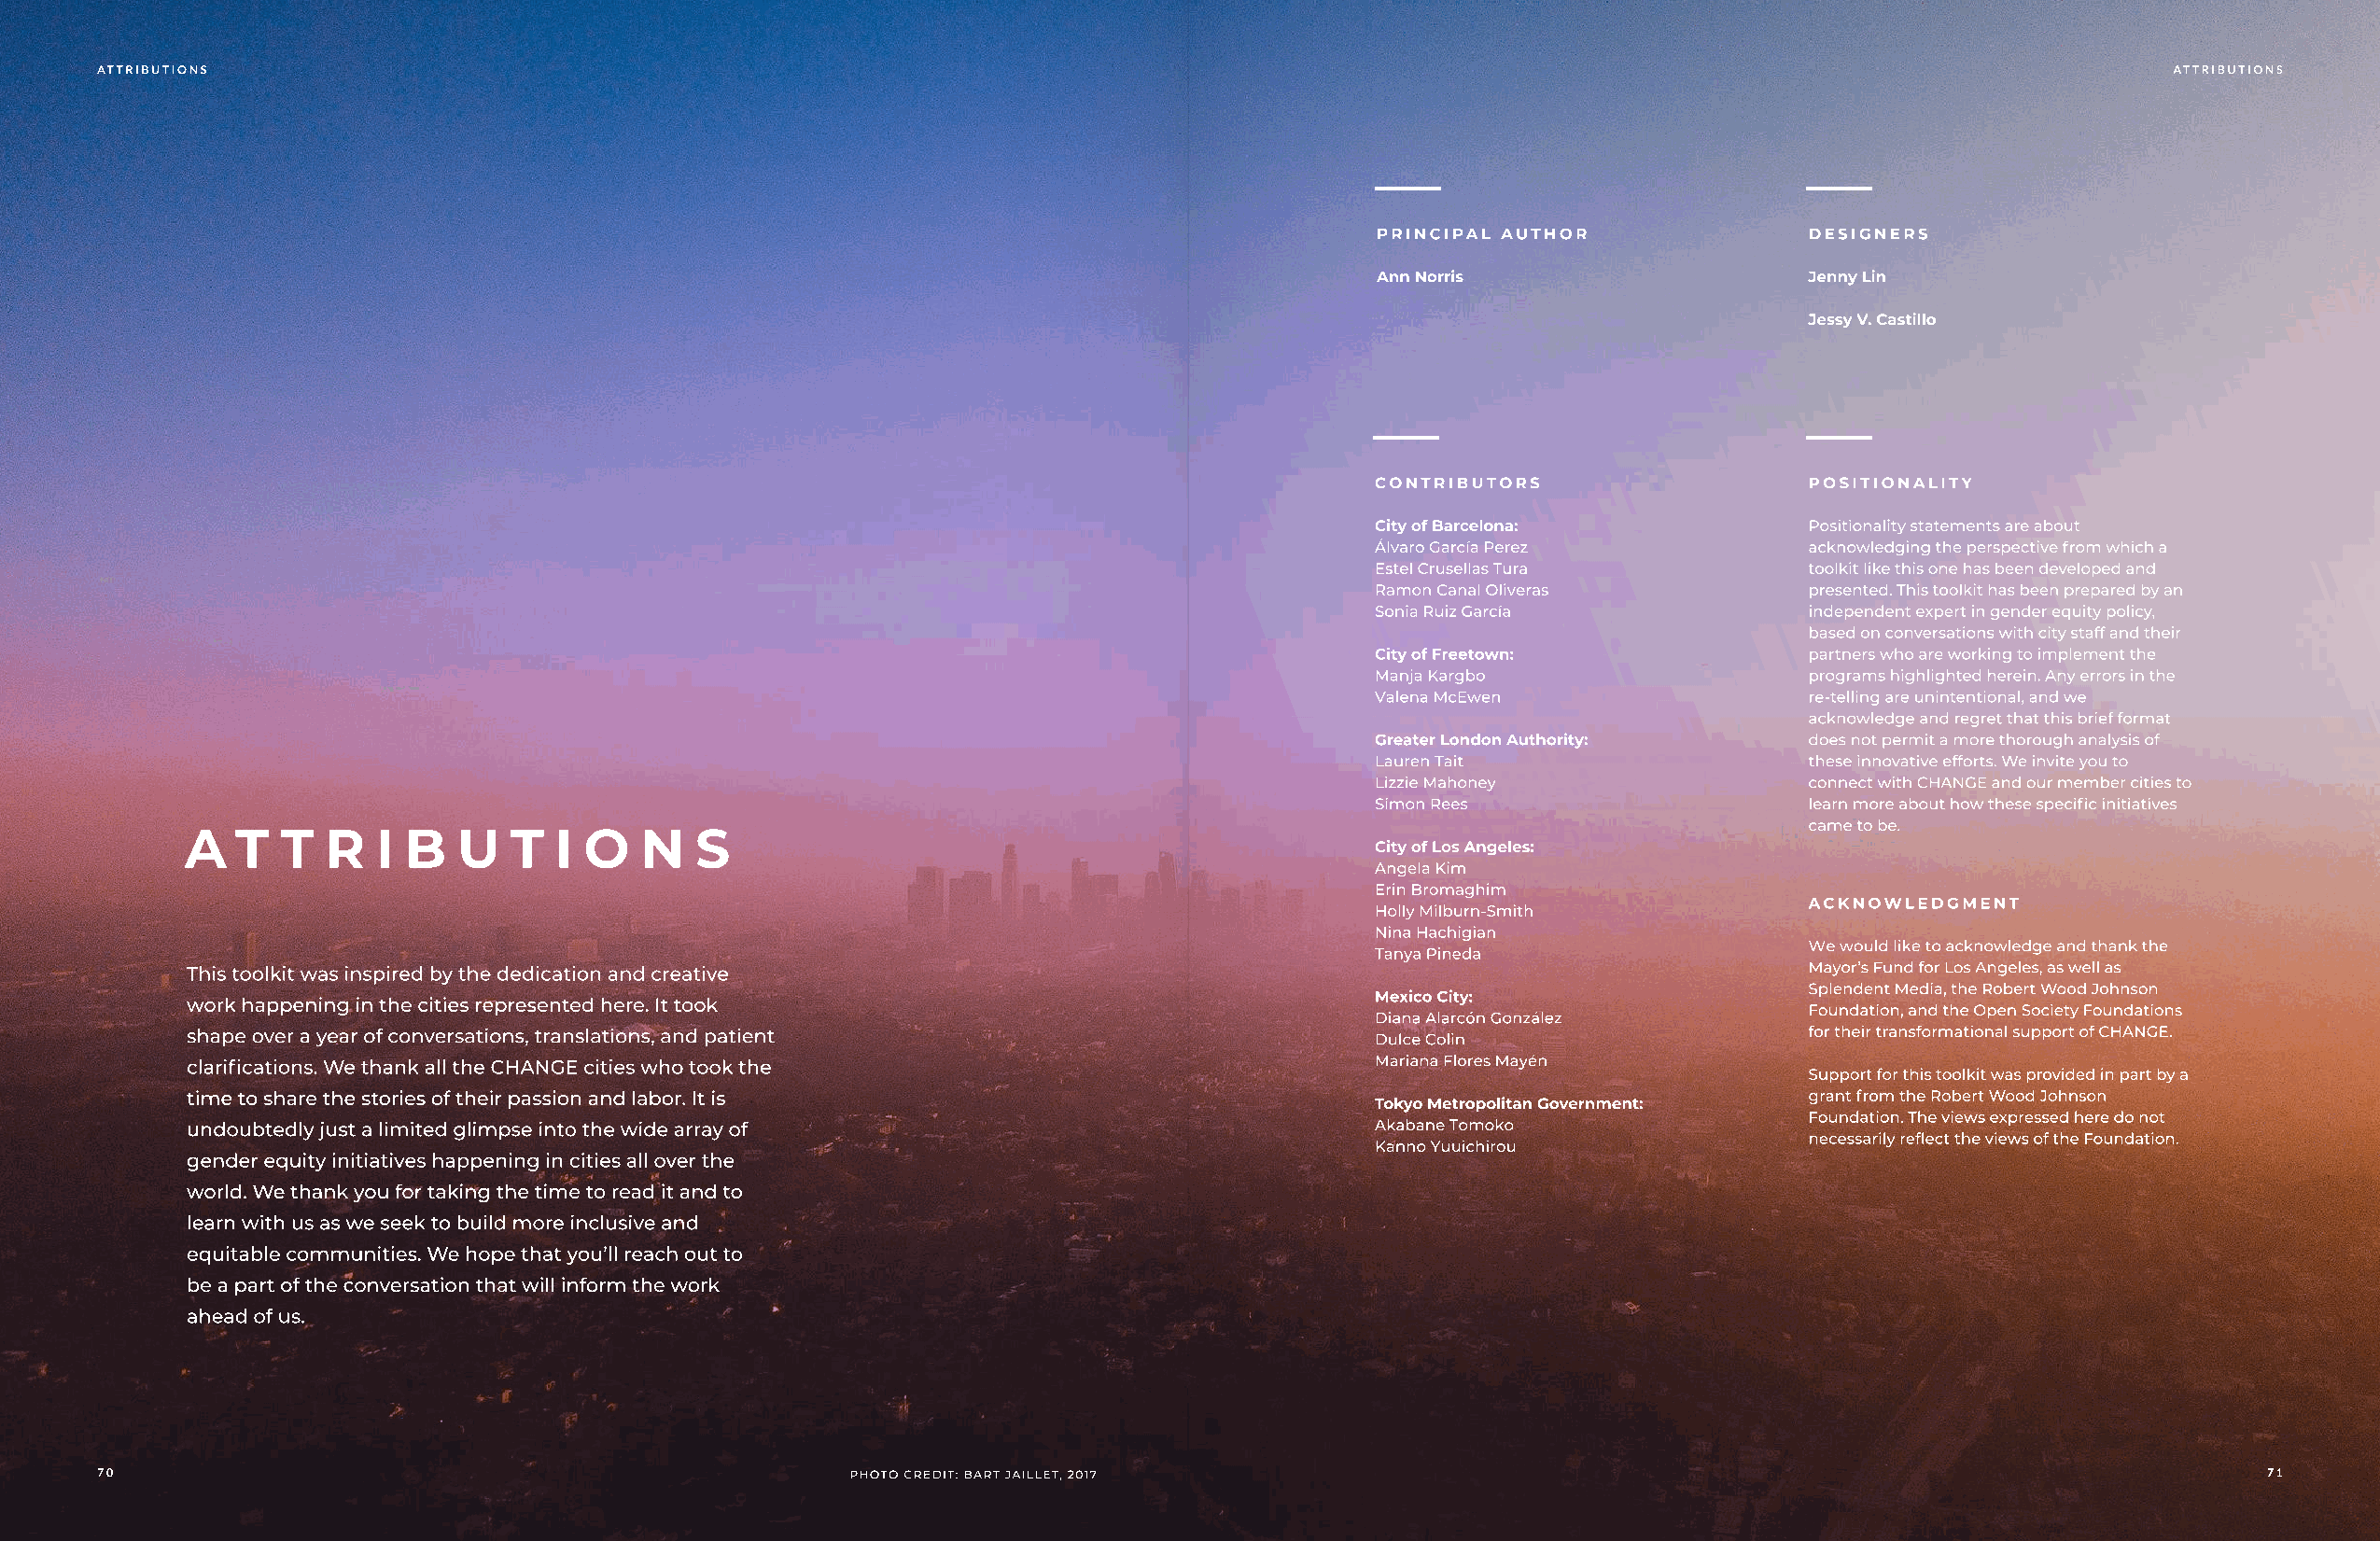
ATTRIBUTIONS                                                                                                                                       ATTRIBUTIONS
 PRINCIPAL AUTHOR
 DESIGNERS
 Ann Norris                    Jenny Lin 
 Jessy V. Castillo
 CONTRIBUTORS
 POSITIONALITY
 City of Barcelona:            Positionality statements are about
 Álvaro García Perez
 acknowledging the perspective from which a
 Estel Crusellas Tura
 toolkit like this one has been developed and
 Ramon Canal Oliveras
 presented. This toolkit has been prepared by an
 Sonia Ruiz García
 independent expert in gender equity policy,
 based on conversations with city staff and their
 City of Freetown:             partners who are working to implement the
 Manja Kargbo
 programs highlighted herein. Any errors in the
 Valena McEwen
 re-telling are unintentional, and we
 acknowledge and regret that this brief format
 Greater London Authority:     does not permit a more thorough analysis of
 Lauren Tait
 these innovative efforts. We invite you to
 Lizzie Mahoney
 connect with CHANGE and our member cities to
 Simon Rees                    learn more about how these specific initiatives
 A   T  T  R   I B  U   T  I O   N   S                                                                              came to be.
 City of Los Angeles:
 Angela Kim
 Erin Bromaghim
 acknowledgment
 Holly Milburn-Smith
 Nina Hachigian
 We would like to acknowledge and thank the
 Tanya Pineda
 This toolkit was inspired by the dedication and creative                                                           Mayor’s Fund for Los Angeles, as well as
 Splendent Media, the Robert Wood Johnson
 work happening in the cities represented here. It took                               Mexico City:
 Foundation, and the Open Society Foundations
 Diana Alarcón González
 shape over a year of conversations, translations, and patient                        Dulce Colin
 for their transformational support of CHANGE.
 clarifications. We thank all the CHANGE cities who took the                          Mariana Flores Mayén
 Support for this toolkit was provided in part by a
 time to share the stories of their passion and labor. It is                                                        grant from the Robert Wood Johnson
 Tokyo Metropolitan Government:
 Foundation. The views expressed here do not
 undoubtedly just a limited glimpse into the wide array of                            Akabane Tomoko
 necessarily reflect the views of the Foundation.
 Kanno Yuuichirou
 gender equity initiatives happening in cities all over the
 world. We thank you for taking the time to read it and to
 learn with us as we seek to build more inclusive and
 equitable communities. We hope that you’ll reach out to
 be a part of the conversation that will inform the work
 ahead of us.
 70                                                   photo credit: Bart Jaillet, 2017                                                                     71